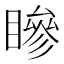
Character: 𥊀